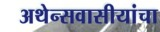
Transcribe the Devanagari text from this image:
अथेन्सवासीयांचा